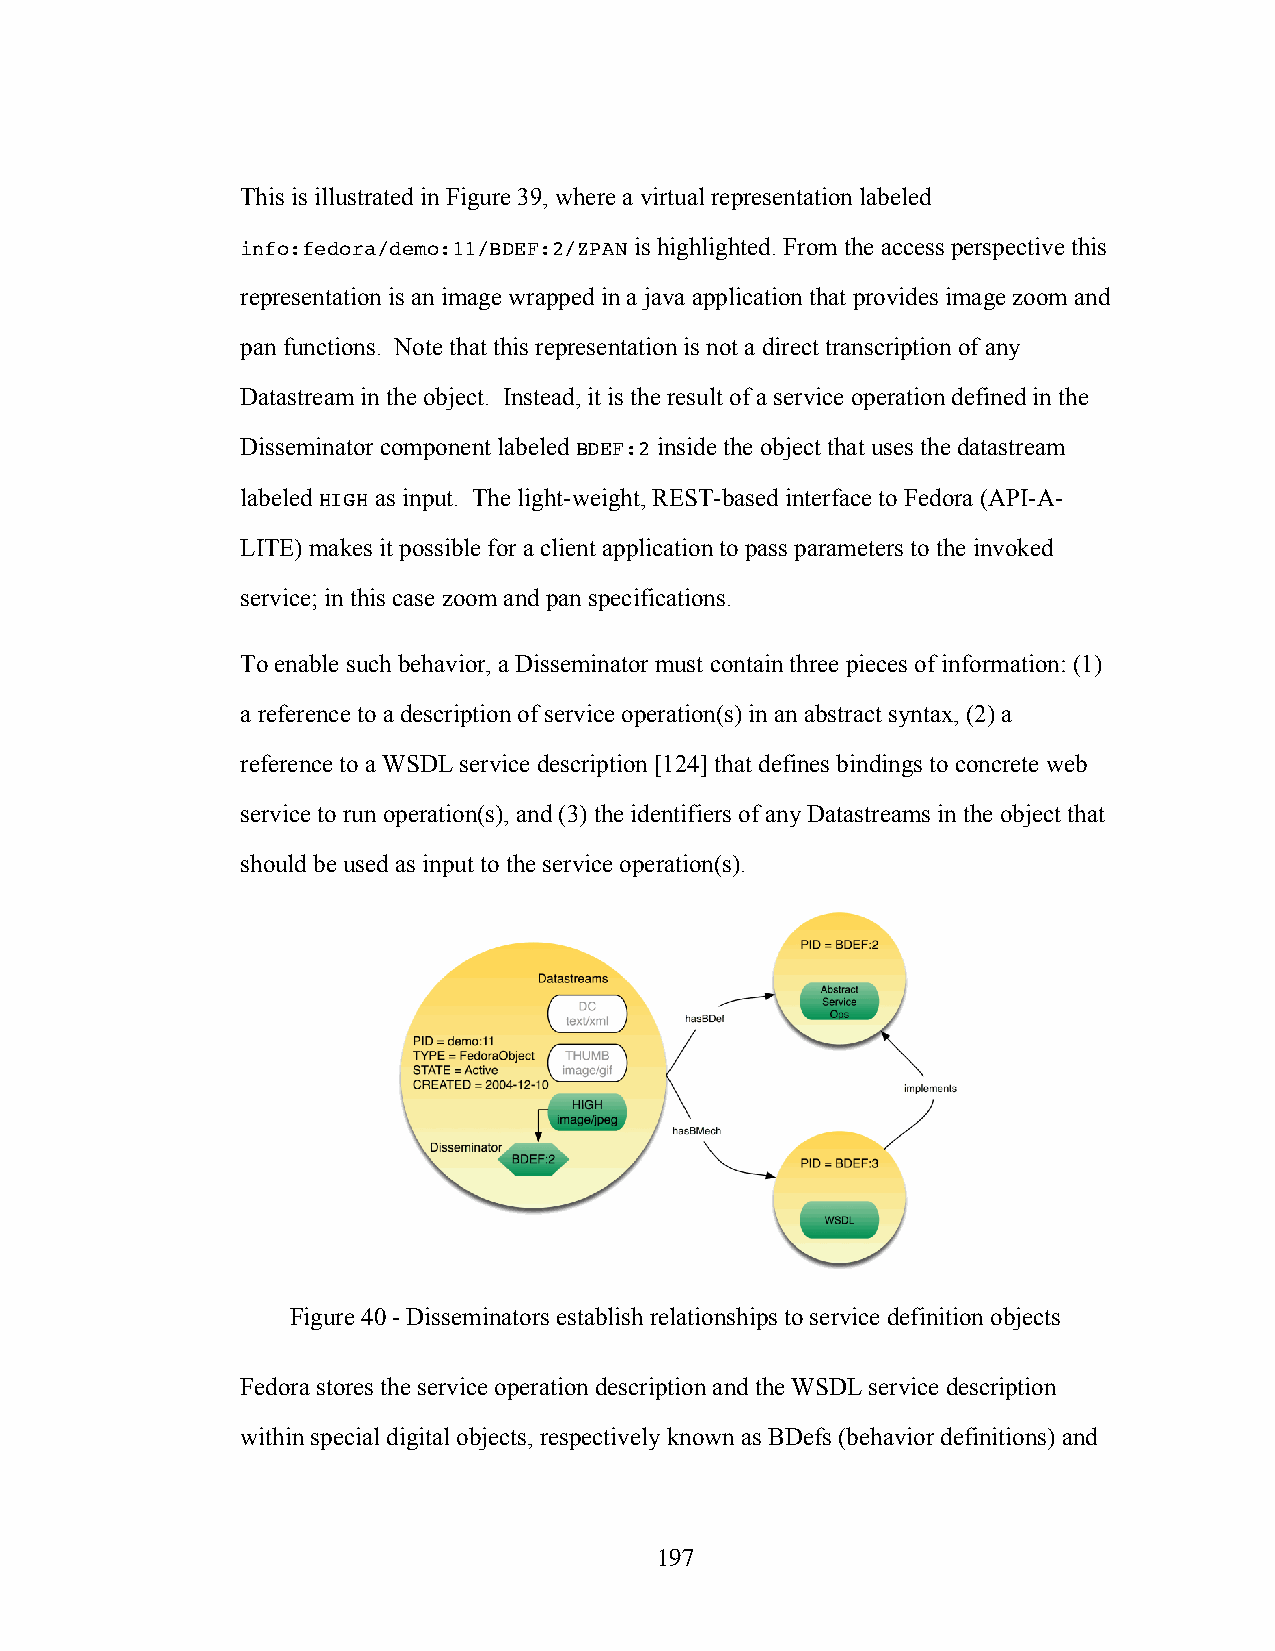
This is illustrated in Figure 39, where a virtual representation labeled
 info:fedora/demo:11/BDEF:2/ZPAN is highlighted. From the access perspective this
 representation is an image wrapped in a java application that provides image zoom and
 pan functions. Note that this representation is not a direct transcription of any
 Datastream in the object. Instead, it is the result of a service operation defined in the
 Disseminator component labeled BDEF:2 inside the object that uses the datastream
 labeled HIGH as input. The light-weight, REST-based interface to Fedora (API-A-
 LITE) makes it possible for a client application to pass parameters to the invoked
 service; in this case zoom and pan specifications.
 To enable such behavior, a Disseminator must contain three pieces of information: (1)
 a reference to a description of service operation(s) in an abstract syntax, (2) a
 reference to a WSDL service description [124] that defines bindings to concrete web
 service to run operation(s), and (3) the identifiers of any Datastreams in the object that
 should be used as input to the service operation(s).
 Figure 40 - Disseminators establish relationships to service definition objects
 Fedora stores the service operation description and the WSDL service description
 within special digital objects, respectively known as BDefs (behavior definitions) and
 197